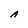
Character: A